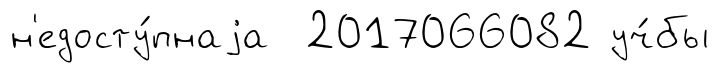
н'едосту́пнаjа 2017066082 уч́бы